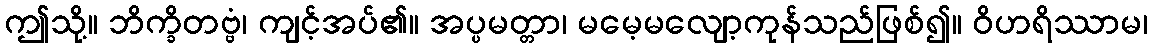
ဤသို့။ ဘိက္ခိတဗ္ဗံ၊ ကျင့်အပ်၏။ အပ္ပမတ္တာ၊ မမေ့မလျော့ကုန်သည်ဖြစ်၍။ ဝိဟရိဿာမ၊